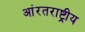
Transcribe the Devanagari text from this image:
आंरतराष्ट्रीय